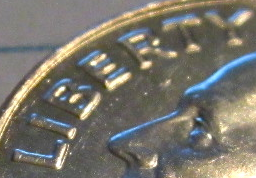
LIBERTY